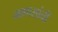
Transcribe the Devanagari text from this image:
माणसांचीं